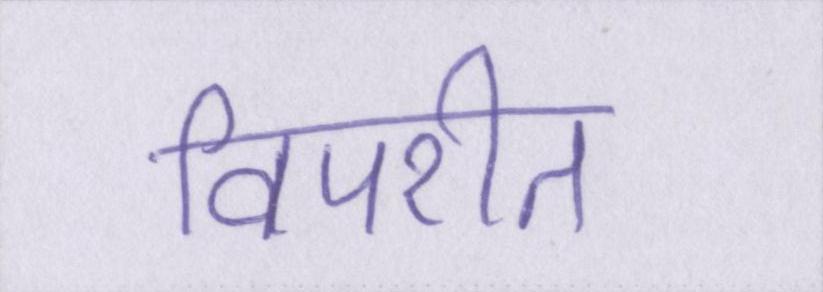
विपरीत